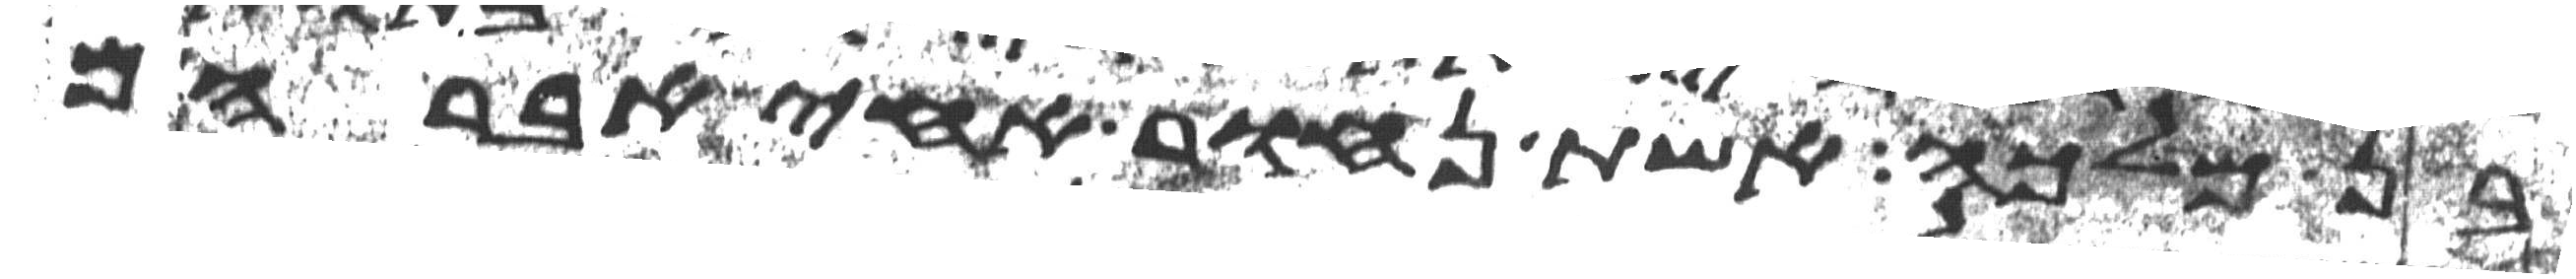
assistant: בן מלכה אשת נחור אחי אברהם